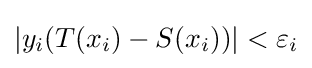
|y_{i}(T(x_{i})-S(x_{i}))|<\varepsilon _{i}